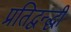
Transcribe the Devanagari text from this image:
प्रतिद्वन्द्धी